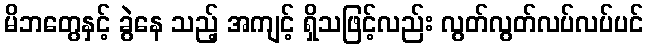
မိဘတွေနှင့် ခွဲနေ သည့် အကျင့် ရှိသဖြင့်လည်း လွတ်လွတ်လပ်လပ်ပင်